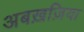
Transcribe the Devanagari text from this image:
अबख़ज़िया